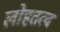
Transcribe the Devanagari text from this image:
लोहतत्व